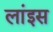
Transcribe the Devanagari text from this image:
लांइस